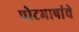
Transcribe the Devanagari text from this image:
पोटभाषांचे